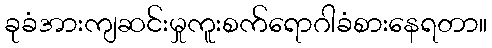
ခုခံအားကျဆင်းမှုကူးစက်ရောဂါခံစားနေရတာ။